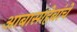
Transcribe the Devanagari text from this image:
आबासाहेबांचे